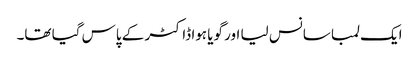
ایک لمبا سانس لیا اور گویا ہوا ڈاکٹر کے پاس گیا تھا۔